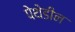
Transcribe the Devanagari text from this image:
पेथेडीन